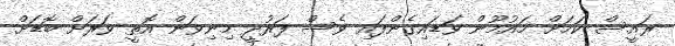
ރައީސް ކަމަށް މައުމޫން ވަޑައިގެެެންފައި ވެސް ފަރުދީ މިނިވަަން އޮތީ ވަަރަށް ބޮޑަށް